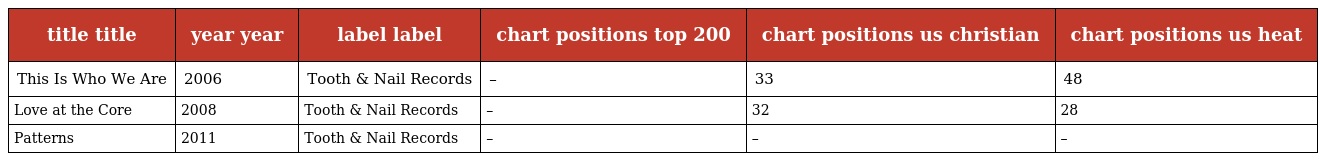
| title title | year year | label label | chart positions top 200 | chart positions us christian | chart positions us heat |
 | --- | --- | --- | --- | --- | --- |
 | This Is Who We Are | 2006 | Tooth & Nail Records | – | 33 | 48 |
 | Love at the Core | 2008 | Tooth & Nail Records | – | 32 | 28 |
 | Patterns | 2011 | Tooth & Nail Records | – | – | – |